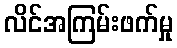
လိင်အကြမ်းဖက်မှု